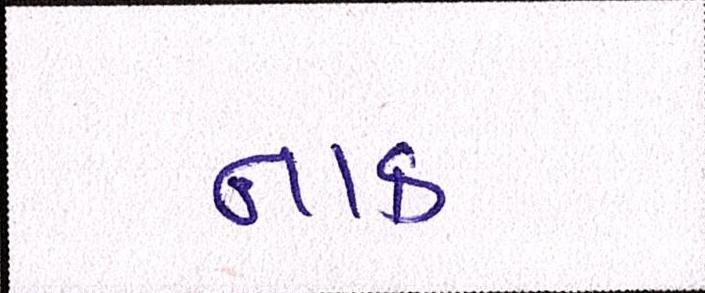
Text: નાક